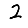
Digit: 2